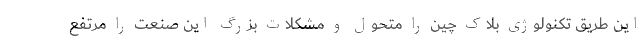
این طریق تکنولوژی بلاک چین را متحول و مشکلات بزرگ این صنعت را مرتفع